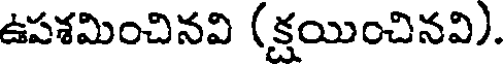
ఉపశమించినవి (క్షయించినవి).